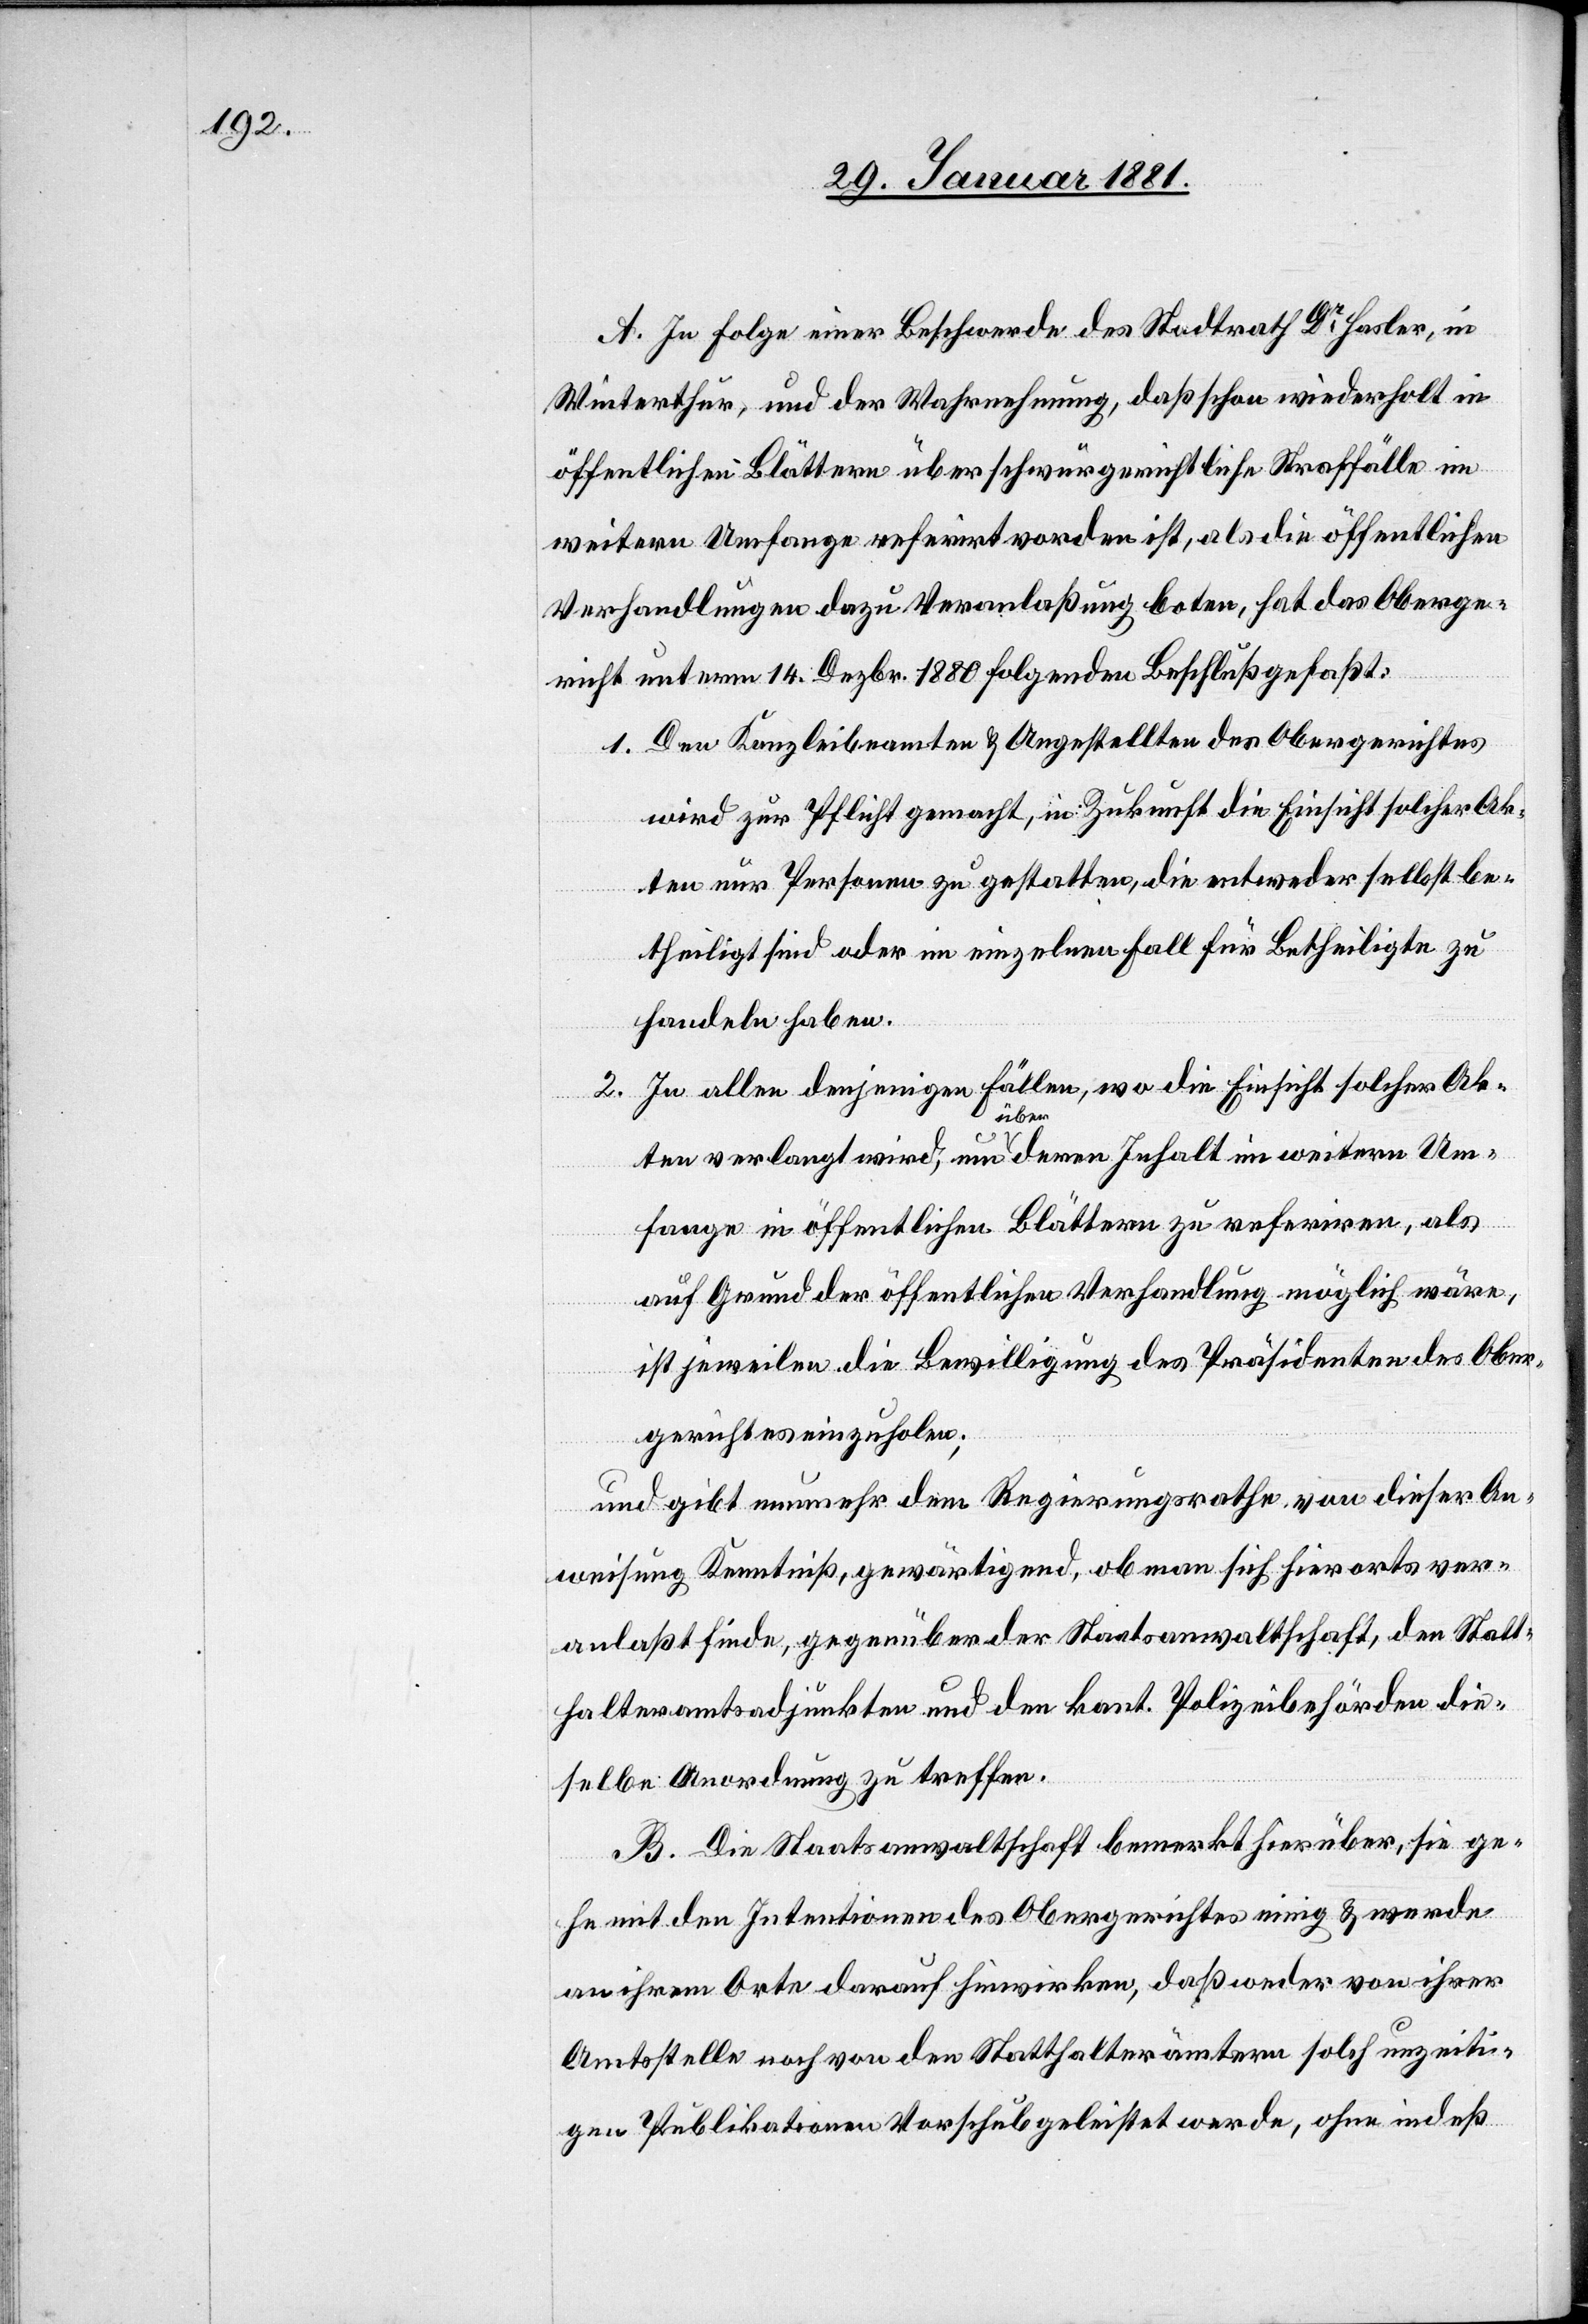
A. In Folge einer Beschwerde des Stadtrath Dr Hasler, in
Winterthur, und der Wahrnehmung, daß schon wiederholt in
öffentlichen Blättern über schwurgerichtliche Straffälle im
weitern Umfange referirt vorden [sic!] ist, als die öffentlichen
Verhandlungen dazu Veranlaßung boten, hat das Oberge¬
richt unterm 14. Dezbr. 1880 folgenden Beschluß gefaßt:
1. Den Kanzleibeamten & Angestellten des Obergerichtes
wird zur Pflicht gemacht, in Zukunft die Einsicht solcher Ak¬
ten nur Personen zu gestatten, die entweder selbst be¬
theiligt sind oder im einzelnen Fall für Betheiligte zu
handeln haben.
2. In allen denjenigen Fällen, wo die Einsicht solcher Ak¬
ten verlangt wird, um über deren Inhalt im weitern Um¬
fange in öffentlichen Blättern zu referiren, als
auf Grund der öffentlichen Verhandlung möglich wäre,
ist jeweilen die Bewilligung des Präsidenten des Ober¬
gerichtes einzuholen;
und gibt nunmehr dem Regierungsrathe von dieser An¬
weisung Kenntniß, gewärtigend, ob man sich hierorts ver¬
anlaßt finde, gegenüber Staatsanwaltschaft, den Statt¬
halteramtsadjunkten und den kant. Polizeibehörden die¬
selbe Anordnung zu treffen.
B. Die Staatsanwaltschaft bemerkt hierüber, sie ge¬
he mit den Intentionen des Obergerichtes einig & werde
an ihrem Orte darauf hinwirken, daß weder von ihrer
Amtsstelle noch von der Statthalterämtern solch unzeiti¬
gen Publikationen Vorschub geleistet werde, ohne indeß